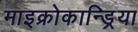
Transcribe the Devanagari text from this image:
माइक्रोकान्ड्रिया